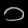
Digit: ၁